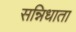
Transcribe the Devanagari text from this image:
सन्निधाता